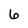
Character: 6